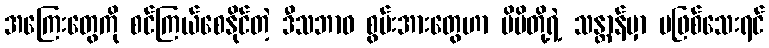
အကြေးတွေကို စင်ကြယ်စေနိုင်တဲ့ ဒီသဘာဝ စွမ်းအားတွေဟာ မိမိတို့ရဲ့ သန္တာန်မှာ မဖြစ်သေးရင်